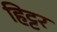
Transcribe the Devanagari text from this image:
हिट्टर